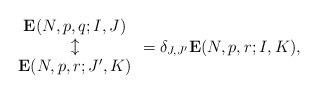
LaTeX: \begin{align*}\begin{array}{c}\mathbf E(N,p,q;I,J)\\\updownarrow\\\mathbf E(N,p,r;J',K)\end{array}=\delta_{J,J'}\mathbf E(N,p,r;I,K),\end{align*}